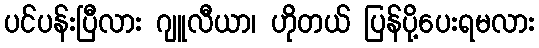
ပင်ပန်းပြီလား ဂျူလီယာ၊ ဟိုတယ် ပြန်ပို့ပေးရမလား